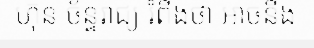
ហ៊ុន ច័ន្ទរាជ្យ រំពឹងថា អាចនឹង